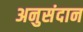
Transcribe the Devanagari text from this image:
अनुसंदान